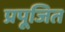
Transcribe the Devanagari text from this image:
प्रपूजित